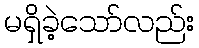
မရှိခဲ့သော်လည်း